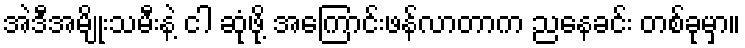
အဲဒီအမျိုးသမီးနဲ့ ငါ ဆုံဖို့ အကြောင်းဖန်လာတာက ညနေခင်း တစ်ခုမှာ။